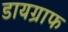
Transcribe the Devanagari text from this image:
डायग्राफ